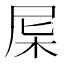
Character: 𣐉